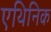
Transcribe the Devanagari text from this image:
एथिनिक